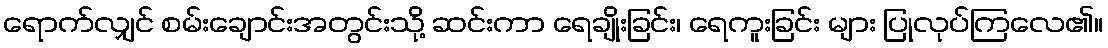
ရောက်လျှင် စမ်းချောင်းအတွင်းသို့ ဆင်းကာ ရေချိုးခြင်း၊ ရေကူးခြင်း များ ပြုလုပ်ကြလေ၏။